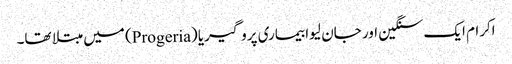
اکرام ایک سنگین اور جان لیوا بیماری پروگیریا (Progeria) میں مبتلا تھا۔